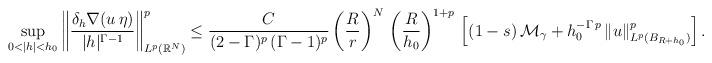
LaTeX: \begin{align*}\sup_{0<|h|<h_0}\left\|\frac{\delta_{h} \nabla (u\,\eta)}{|h|^{\Gamma-1}}\right\|^p_{L^p(\mathbb{R}^N)}\le \frac{C}{(2-\Gamma)^p\,(\Gamma-1)^p}\left(\frac{R}{r}\right)^N\,\left(\frac{R}{h_0}\right)^{1+p}\,\left[(1-s)\,\mathcal{M}_\gamma+h_0^{-\Gamma\,p}\,\|u\|^p_{L^p(B_{R+h_0})}\right].\end{align*}